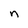
Character: n